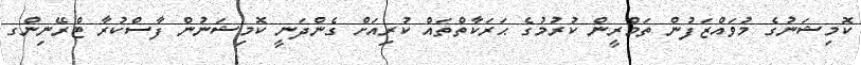
ކޮމިޝަނުގެ މުވައްޒަފުން ތަމްރީން ކުރުމުގެ ޙަރަކާތްތައް ކުރިއަށް ގެންދަނީ ކޮމިޝަނުން ފާސްކުރާ ޓްރޭނިންގ